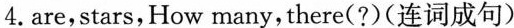
4.are,stars,How many，there(?)(连词成句)